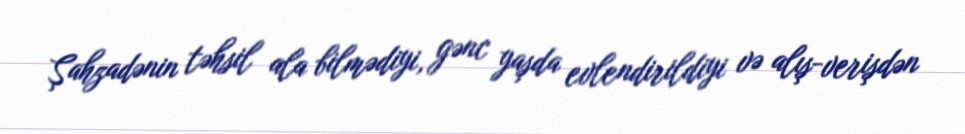
Şahzadənin təhsil ala bilmədiyi, gənc yaşda evlendirildiyi və alış-verişdən